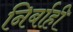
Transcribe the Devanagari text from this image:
निर्बाही